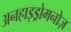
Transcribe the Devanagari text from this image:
अनहाइड्रोमनोज़